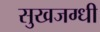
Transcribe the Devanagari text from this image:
सुखजग्धी